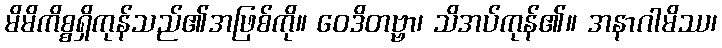
မိမိကိစ္စရှိကုန်သည်၏အဖြစ်ကို။ ဝေဒိတဗ္ဗာ၊ သိအပ်ကုန်၏။ အနာဂါမိဿ၊